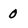
Character: 0